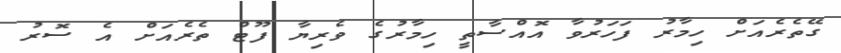
ގޭތެރެއަށް ހިމާރު ފަހަރުވާ އޮއްސާތީ ހިމާރުގެ ވެރިޔާ ފޫޓް ތެރެއަށް އެ ސޮރު